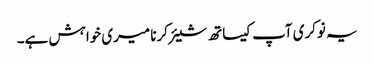
یہ نوکری آپ کیساتھ شیئر کرنا میری خواہش ہے۔